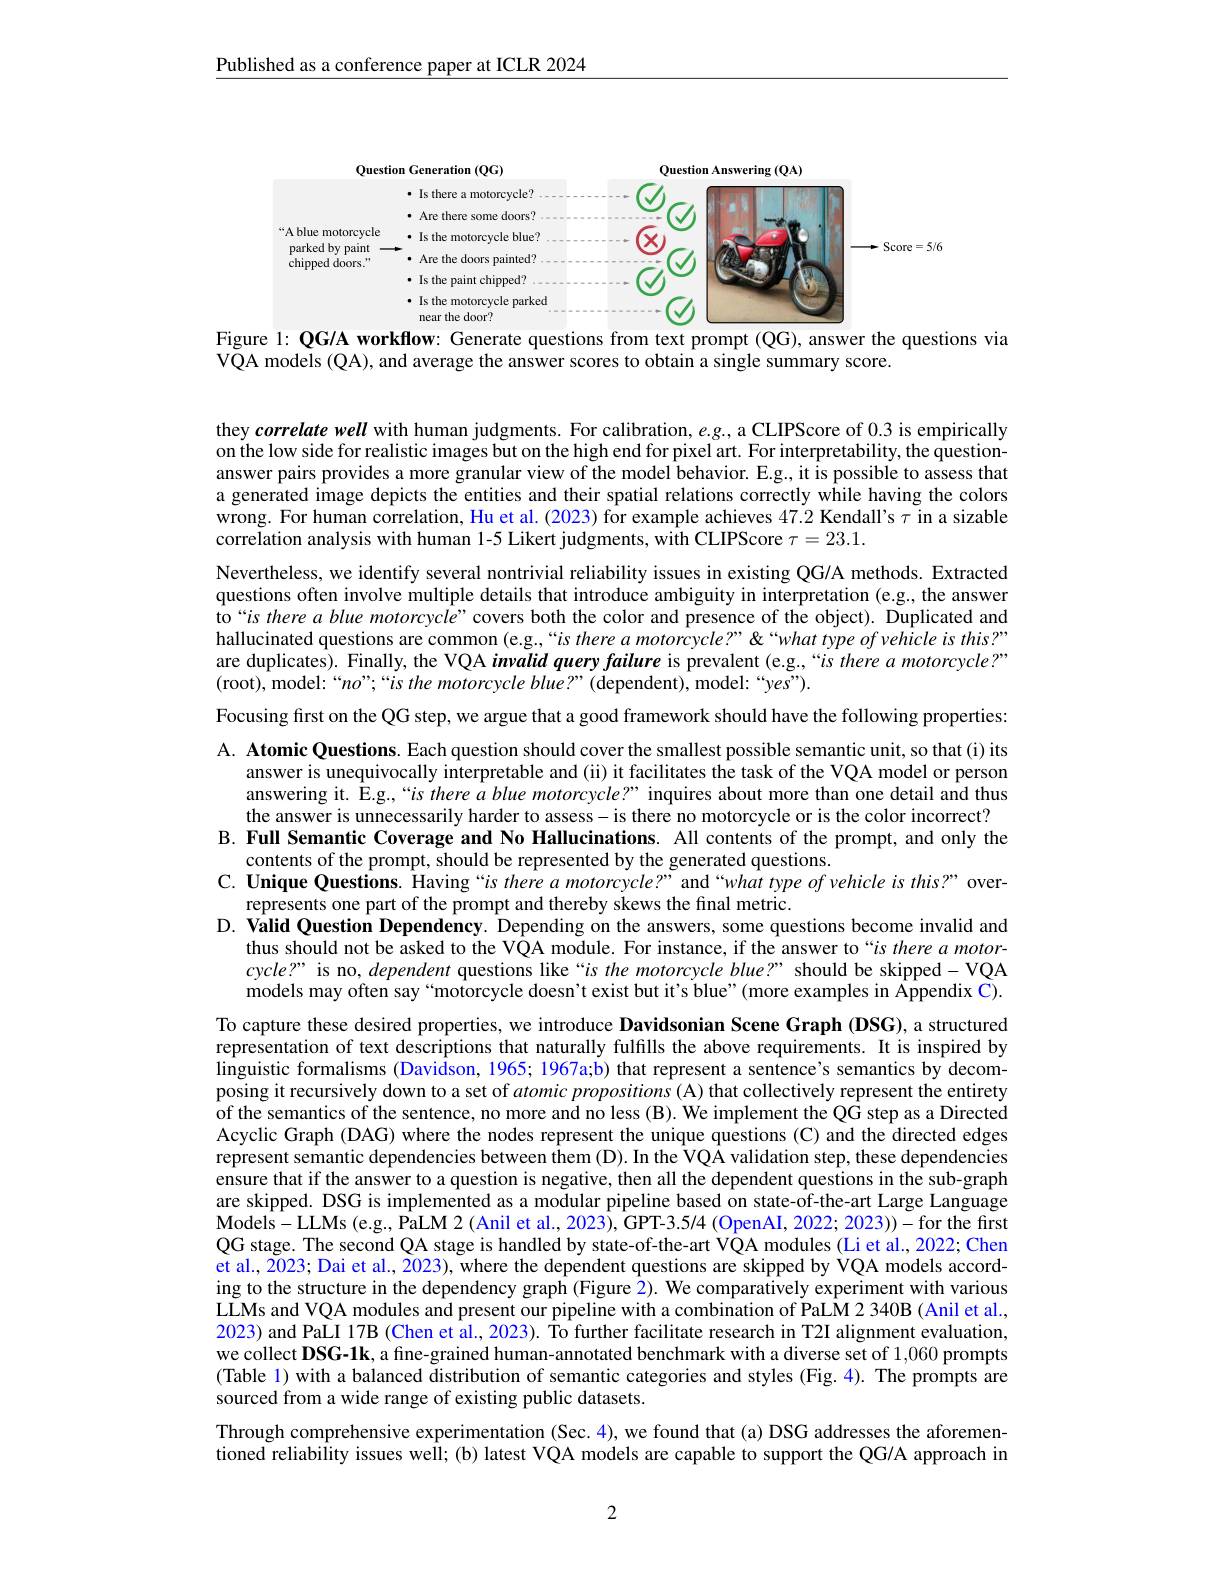
Published as a conference paper at ICLR 2024

<FigureHere>
Figure l: QG/A workflow: Generate questions from text prompt (QG), answer the questions via

$\tilde{\text{VQA models }}(\bar{\text{QA), and average the answer scores to obtain a single summary score.}}$

they correlate well with human judgments. For calibration, $e.g..$ a CLIPScore of 0.3 is empirically on the low side for realistic images but on the high end for pixel art. For interpretability, the questionanswer pairs provides a more granular view of the model behavior. E.g., it is possible to assess that a generated image depicts the entities and their spatial relations correctly while having the colors wrong. For human correlation, Hu et al. (2023) for example achieves 47.2 Kendall's $\tau$ in a sizable correlation analysis with human 1-5 Likert judgments, with CLIPScore $\tau=23.1.$
Nevertheless, we identify several nontrivial reliability issues in existing QG/A methods. Extracted questions often involve multiple details that introduce ambiguity in interpretation (e.g., the answer to“is there a blue motorcyclé”covers both the color and presence of the object). Duplicated and hallucinated questions are common (e.g.,“is there a motorcycle?”"""what type of vehicle is this?" are duplicates). Finally, the VQA invalid query failure is prevalent (e.g.,“is there a motorcycle?” (root), model:“no”;“is the motorcycle blue?”( dependent), model:“yes”).

Focusing first on the QG step, we argue that a good framework should have the following properties:

A. Atomic Questions. Each question should cover the smallest possible semantic unit, so that (i) its
answer is unequivocally interpretable and (ii) it facilitates the task of the VQA model or person answering it. E.g.,“is there a blue motorcycle?” inquires about more than one detail and thus the answer is unnecessarily harder to assess-is there no motorcycle or is the color incorrect?
B. Full Semantic Coverage and No Hallucinations. All contents of the prompt, and only the
contents of the prompt, should be represented by the generated questions.
C. Unique Questions. Having “$is\textit{ there a motorcycle? ” and“ what type of vehicle is this? ” over- }$
represents one part of the prompt and thereby skews the final metric.
D. Valid Question Dependency. Depending on the answers, some questions become invalid and
thus should not be asked to the VQA module. For instance, if the answer to“$is\textit{there a motor- }$ cycle?" is no, dependent questions like“is the motorcycle blue?” should be skipped-VQA models may often say“motorcycle doesn't exist but it's blue”(more examples in Appendix C).

To capture these desired properties, we introduce Davidsonian Scene Graph (DSG), a structured representation of text descriptions that naturally fulfills the above requirements. It is inspired by linguistic formalisms (Davidson, 1965; 1967a;b) that represent a sentence's semantics by decomposing it recursively down to a set of atomic propositions (A) that collectively represent the entirety of the semantics of the sentence, no more and no less (B). We implement the QG step as a Directed Acyclic Graph (DAG) where the nodes represent the unique questions (C) and the directed edges represent semantic dependencies between them (D). In the VQA validation step, these dependencies ensure that if the answer to a question is negative, then all the dependent questions in the sub-graph are skipped. DSG is implemented as a modular pipeline based on state-of-the-art Large Language Models- LLMs ( e. g. , PaLM 2 ( Anil et al. , 2023) , GPT- 3. 5/ 4 ( OpenAI, 2022; 2023) ) - for the first QG stage. The second QA stage is handled by state-of-the-art VQA modules (Li et al., 2022; Chen et al., 2023; Dai et al., 2023), where the dependent questions are skipped by VQA models according to the structure in the dependency graph (Figure 2). We comparatively experiment with various LLMs and VQA modules and present our pipeline with a combination of PaLM 2 340B ( Anil et al., 2023) and PaLI 17B (Chen et al., 2023). To further facilitate research in T2I alignment evaluation, we collect DSG-1k, a fine-grained human-annotated benchmark with a diverse set of 1,060 prompts (Table 1) with a balanced distribution of semantic categories and styles (Fig. 4). The prompts are sourced from a wide range of existing public datasets.
Through comprehensive experimentation (Sec. 4), we found that (a) DSG addresses the aforemen-

tioned reliability issues well; (b) latest VQA models are capable to support the QG/A approach in

2